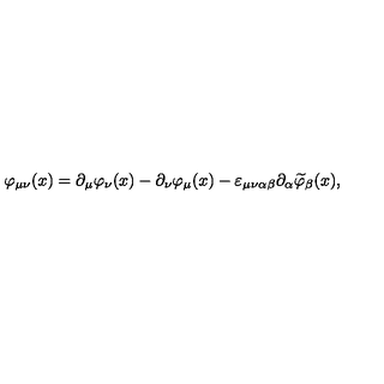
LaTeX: \varphi _ { \mu \nu } ( x ) = \partial _ { \mu } \varphi _ { \nu } ( x ) - \partial _ { \nu } \varphi _ { \mu } ( x ) - \varepsilon _ { \mu \nu \alpha \beta } \partial _ { \alpha } \widetilde { \varphi } _ { \beta } ( x ) ,